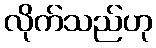
လိုက်သည်ဟု